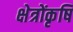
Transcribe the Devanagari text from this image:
क्षेत्रोंकृषि